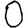
Digit: 0